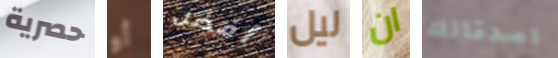
حصرية أو أفضل ليل ان اصدقائك